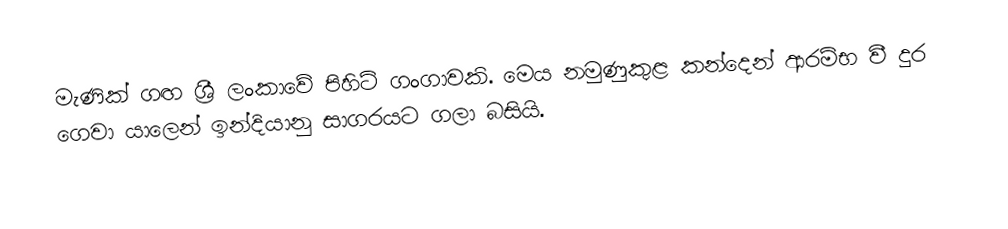
මැණික් ගඟ ශ්‍රී ලංකාවේ පිහිටි ගංගාවකි. මෙය නමුණුකුළ කන්දෙන් ආරම්භ වී  දුර ගෙවා යාලෙන් ඉන්දියානු සාගරයට ගලා බසියි.